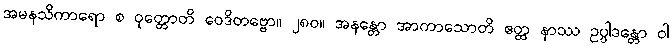
အမနသိကာရော စ ဝုတ္တောတိ ဝေဒိတဗ္ဗော။ ၂၈၀။ အနန္တော အာကာသောတိ ဧတ္ထ နာဿ ဥပ္ပါဒန္တော ဝါ